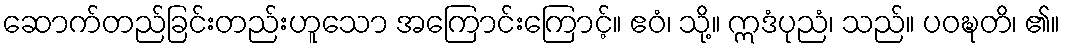
ဆောက်တည်ခြင်းတည်းဟူသော အကြောင်းကြောင့်။ ဧဝံ၊ သို့။ ဣဒံပုညံ၊ သည်။ ပဝဍ္ဎတိ၊ ၏။